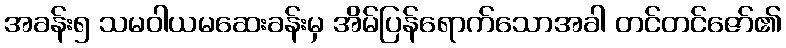
အခန်း၅ သမဝါယမဆေးခန်းမှ အိမ်ပြန်ရောက်သောအခါ တင်တင်ဇော်၏